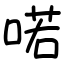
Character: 喏